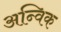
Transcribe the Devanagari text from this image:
अन्विक